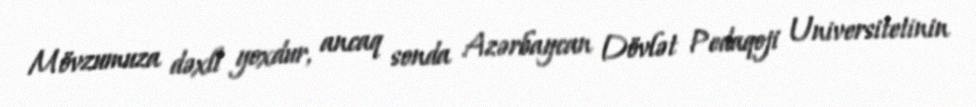
Mövzumuza dəxli yoxdur, ancaq sonda Azərbaycan Dövlət Pedaqoji Universitetinin